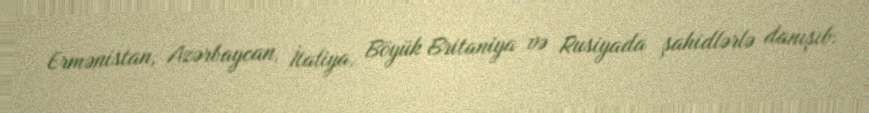
Ermənistan, Azərbaycan, İtaliya, Böyük Britaniya və Rusiyada şahidlərlə danışıb.